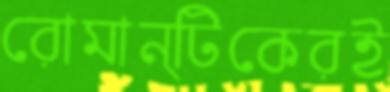
রোমান্টিকেরই